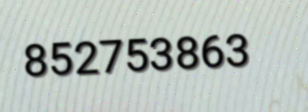
852753863